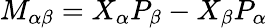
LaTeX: M_{\alpha\beta}=X_{\alpha}P_{\beta}-X_{\beta}P_{\alpha}